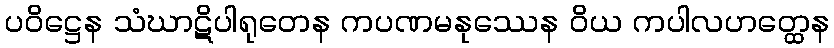
ပဝိဋ္ဌေန သံဃာဋိပါရုတေန ကပဏမနုဿေန ဝိယ ကပါလဟတ္ထေန